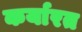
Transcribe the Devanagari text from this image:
कर्यारत